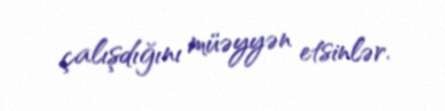
çalışdığını müəyyən etsinlər.